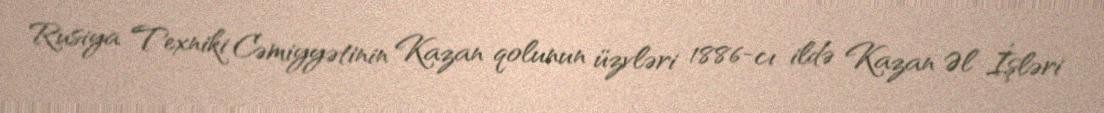
Rusiya Texniki Cəmiyyətinin Kazan qolunun üzvləri 1886-cı ildə Kazan Əl İşləri